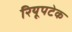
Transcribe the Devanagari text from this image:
रियूपटेक